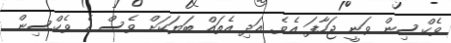
ވެކްސިން ވަނީ ޖަހާފަ އެވެ. އަދި އެތައް ބަޔަކަށް ވެސް އެ ވެކްސިން